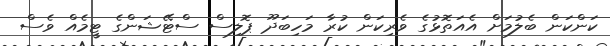
ކަންކަން ބެލުމަށް އެއަތޮޅުގެ ވެރިކަން ކުރާ މަހިބަދޫ ޕޮލިސް ސްޓޭޝަންގެ ޓީމެއް ވެސް